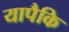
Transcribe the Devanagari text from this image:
यापैकि